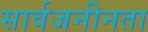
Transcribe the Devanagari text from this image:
सार्वजनीनता